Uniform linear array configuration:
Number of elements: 24
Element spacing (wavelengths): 0.75
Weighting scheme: kaiser
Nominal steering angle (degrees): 45
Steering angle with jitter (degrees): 46.8
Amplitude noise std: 0.05
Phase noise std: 0.05

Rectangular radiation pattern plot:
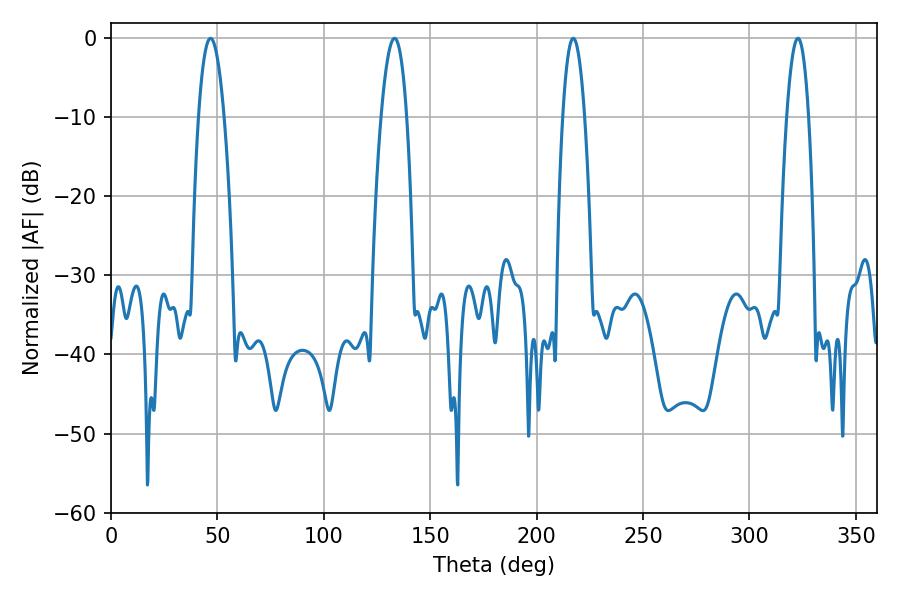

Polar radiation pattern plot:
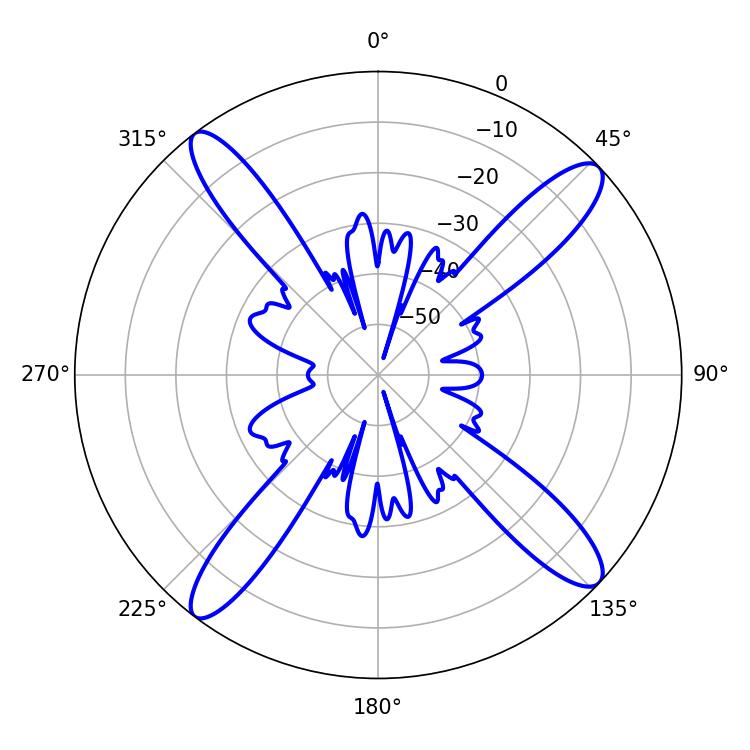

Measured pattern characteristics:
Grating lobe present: TRUE
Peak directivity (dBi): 15.817
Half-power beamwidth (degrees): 6.66
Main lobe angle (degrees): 46.8